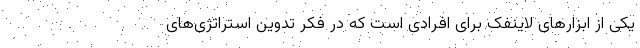
یکی از ابزارهای لاینفک برای افرادی است که در فکر تدوین استراتژی‌های